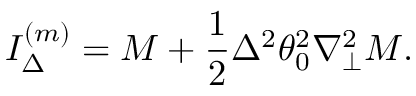
I _ { \Delta } ^ { ( m ) } = M + \frac { 1 } { 2 } \Delta ^ { 2 } \theta _ { 0 } ^ { 2 } \nabla _ { \perp } ^ { 2 } M .